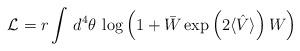
LaTeX: \begin{align*}{\cal L}=r \int\,d^{4}\theta\, \log\left(1+\bar{W}\exp \left(2\langle\hat{V}\rangle\right) W\right)\end{align*}